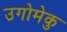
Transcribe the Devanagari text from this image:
उगोमेकु